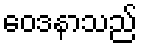
ဝေဒနာသည်